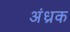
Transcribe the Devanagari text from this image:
अंध्रक